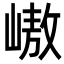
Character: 㠂